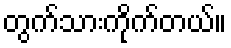
တွက်သားကိုက်တယ်။